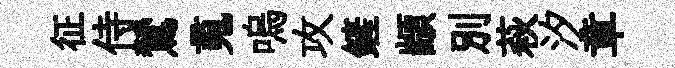
征侍鷥䰟嗚攻鏟顓别萩汐章